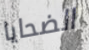
الضحايا